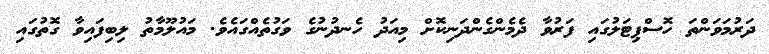
ދަރުމަވަންތަ ހޮސްޕިޓަލުގައި ފަރުވާ ދެމެންގެންދަނިކޮށް މިއަދު ހެނދުނުގެ ވަގުތެއްގައެެވެ. މައުލޫމާތު ލިބިފައިވާ ގޮތުގައި